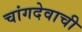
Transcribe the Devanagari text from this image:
चांगदेवाची